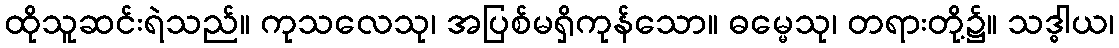
ထိုသူဆင်းရဲသည်။ ကုသလေသု၊ အပြစ်မရှိကုန်သော။ ဓမ္မေသု၊ တရားတို့၌။ သဒ္ဓါယ၊